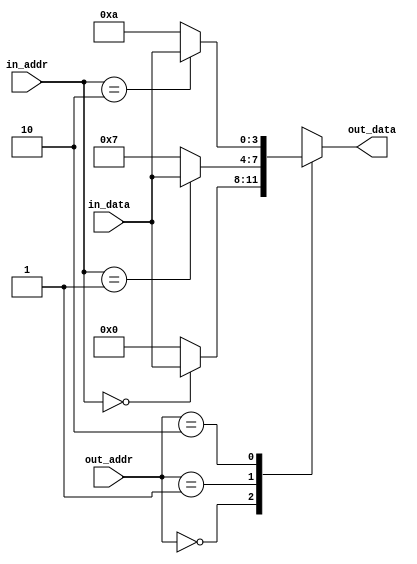

module mem2reg_test1(in_addr, in_data, out_addr, out_data);

input [1:0] in_addr, out_addr;
input [3:0] in_data;
output reg [3:0] out_data;

reg [3:0] array [2:0];

always @* begin
	array[0] = 0;
	array[1] = 23;
	array[2] = 42;
	array[in_addr] = in_data;
	out_data = array[out_addr];
end

endmodule

// ------------------------------------------------------

module mem2reg_test2(clk, reset, mode, addr, data);

input clk, reset, mode;
input [2:0] addr;
output [3:0] data;

(* mem2reg *)
reg [3:0] mem [0:7];

assign data = mem[addr];

integer i;

always @(posedge clk) begin
	if (reset) begin
		for (i=0; i<8; i=i+1)
			mem[i] <= i;
	end else
	if (mode) begin
		for (i=0; i<8; i=i+1)
			mem[i] <= mem[i]+1;
	end else begin
		mem[addr] <= 0;
	end
end

endmodule

// ------------------------------------------------------

// http://www.reddit.com/r/yosys/comments/28d9lx/problem_with_concatenation_of_two_dimensional/
module mem2reg_test3( input clk, input [8:0] din_a, output reg [7:0] dout_a, output [7:0] dout_b);
reg [7:0] dint_c [0:7];
always @(posedge clk)
  begin
      {dout_a[0], dint_c[3]} <= din_a;
  end
assign dout_b = dint_c[3];
endmodule

// ------------------------------------------------------

module mem2reg_test4(result1, result2, result3);
	output signed [9:0] result1;
	output signed [9:0] result2;
	output signed [9:0] result3;

	wire signed [9:0] intermediate [0:3];

	function integer depth2Index;
		input integer depth;
		depth2Index = depth;
	endfunction

	assign intermediate[depth2Index(1)] = 1;
	assign intermediate[depth2Index(2)] = 2;
	assign intermediate[3] = 3;
	assign result1 = intermediate[1];
	assign result2 = intermediate[depth2Index(2)];
	assign result3 = intermediate[depth2Index(3)];
endmodule

// ------------------------------------------------------

module mem2reg_test5(input ctrl, output out);
	wire [0:0] foo[0:0];
	wire [0:0] bar[0:1];

	assign foo[0] = ctrl;
	assign bar[0] = 0, bar[1] = 1;
	assign out = bar[foo[0]];
endmodule

// ------------------------------------------------------

module mem2reg_test6 (din, dout);
        input   wire    [3:0] din;
        output  reg     [3:0] dout;

        reg [1:0] din_array  [1:0];
        reg [1:0] dout_array [1:0];

        always @* begin
		din_array[0] = din[0 +: 2];
		din_array[1] = din[2 +: 2];

		dout_array[0] = din_array[0];
		dout_array[1] = din_array[1];

		{dout_array[0][1], dout_array[0][0]} = dout_array[0][0] + dout_array[1][0];

		dout[0 +: 2] = dout_array[0];
		dout[2 +: 2] = dout_array[1];
        end
endmodule